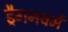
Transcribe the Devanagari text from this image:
ड्रैगनवर्म